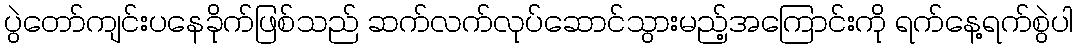
ပွဲတော်ကျင်းပနေခိုက်ဖြစ်သည် ဆက်လက်လုပ်ဆောင်သွားမည့်အကြောင်းကို ရက်နေ့ရက်စွဲပါ